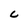
Character: C